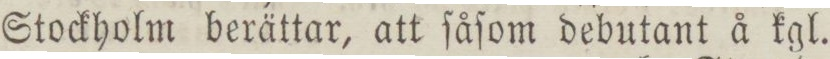
Stockholm berättar, att ſåſom debutant å kgl.